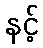
နင့်